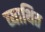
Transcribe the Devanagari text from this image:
व्याथित